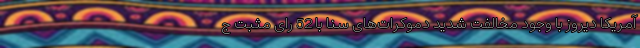
آمریکا دیروز با وجود مخالفت شدید دموکرات‌های سنا با 52 رای مثبت ج